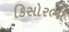
કિસોરભા